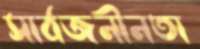
সার্বজনীনতা